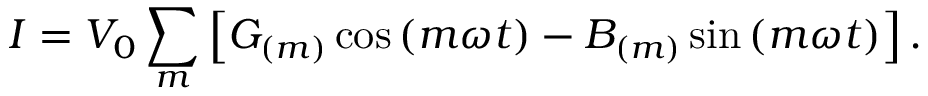
I = V _ { 0 } \sum _ { m } \left[ G _ { ( m ) } \cos \left( m \omega t \right) - B _ { ( m ) } \sin \left( m \omega t \right) \right] .